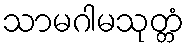
သာမဂါမသုတ္တံ